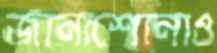
জানাশোনাও